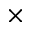
\times